65_HS1-834228961_62-HQ-83894_Section_5
Agency: FBI
Page 167
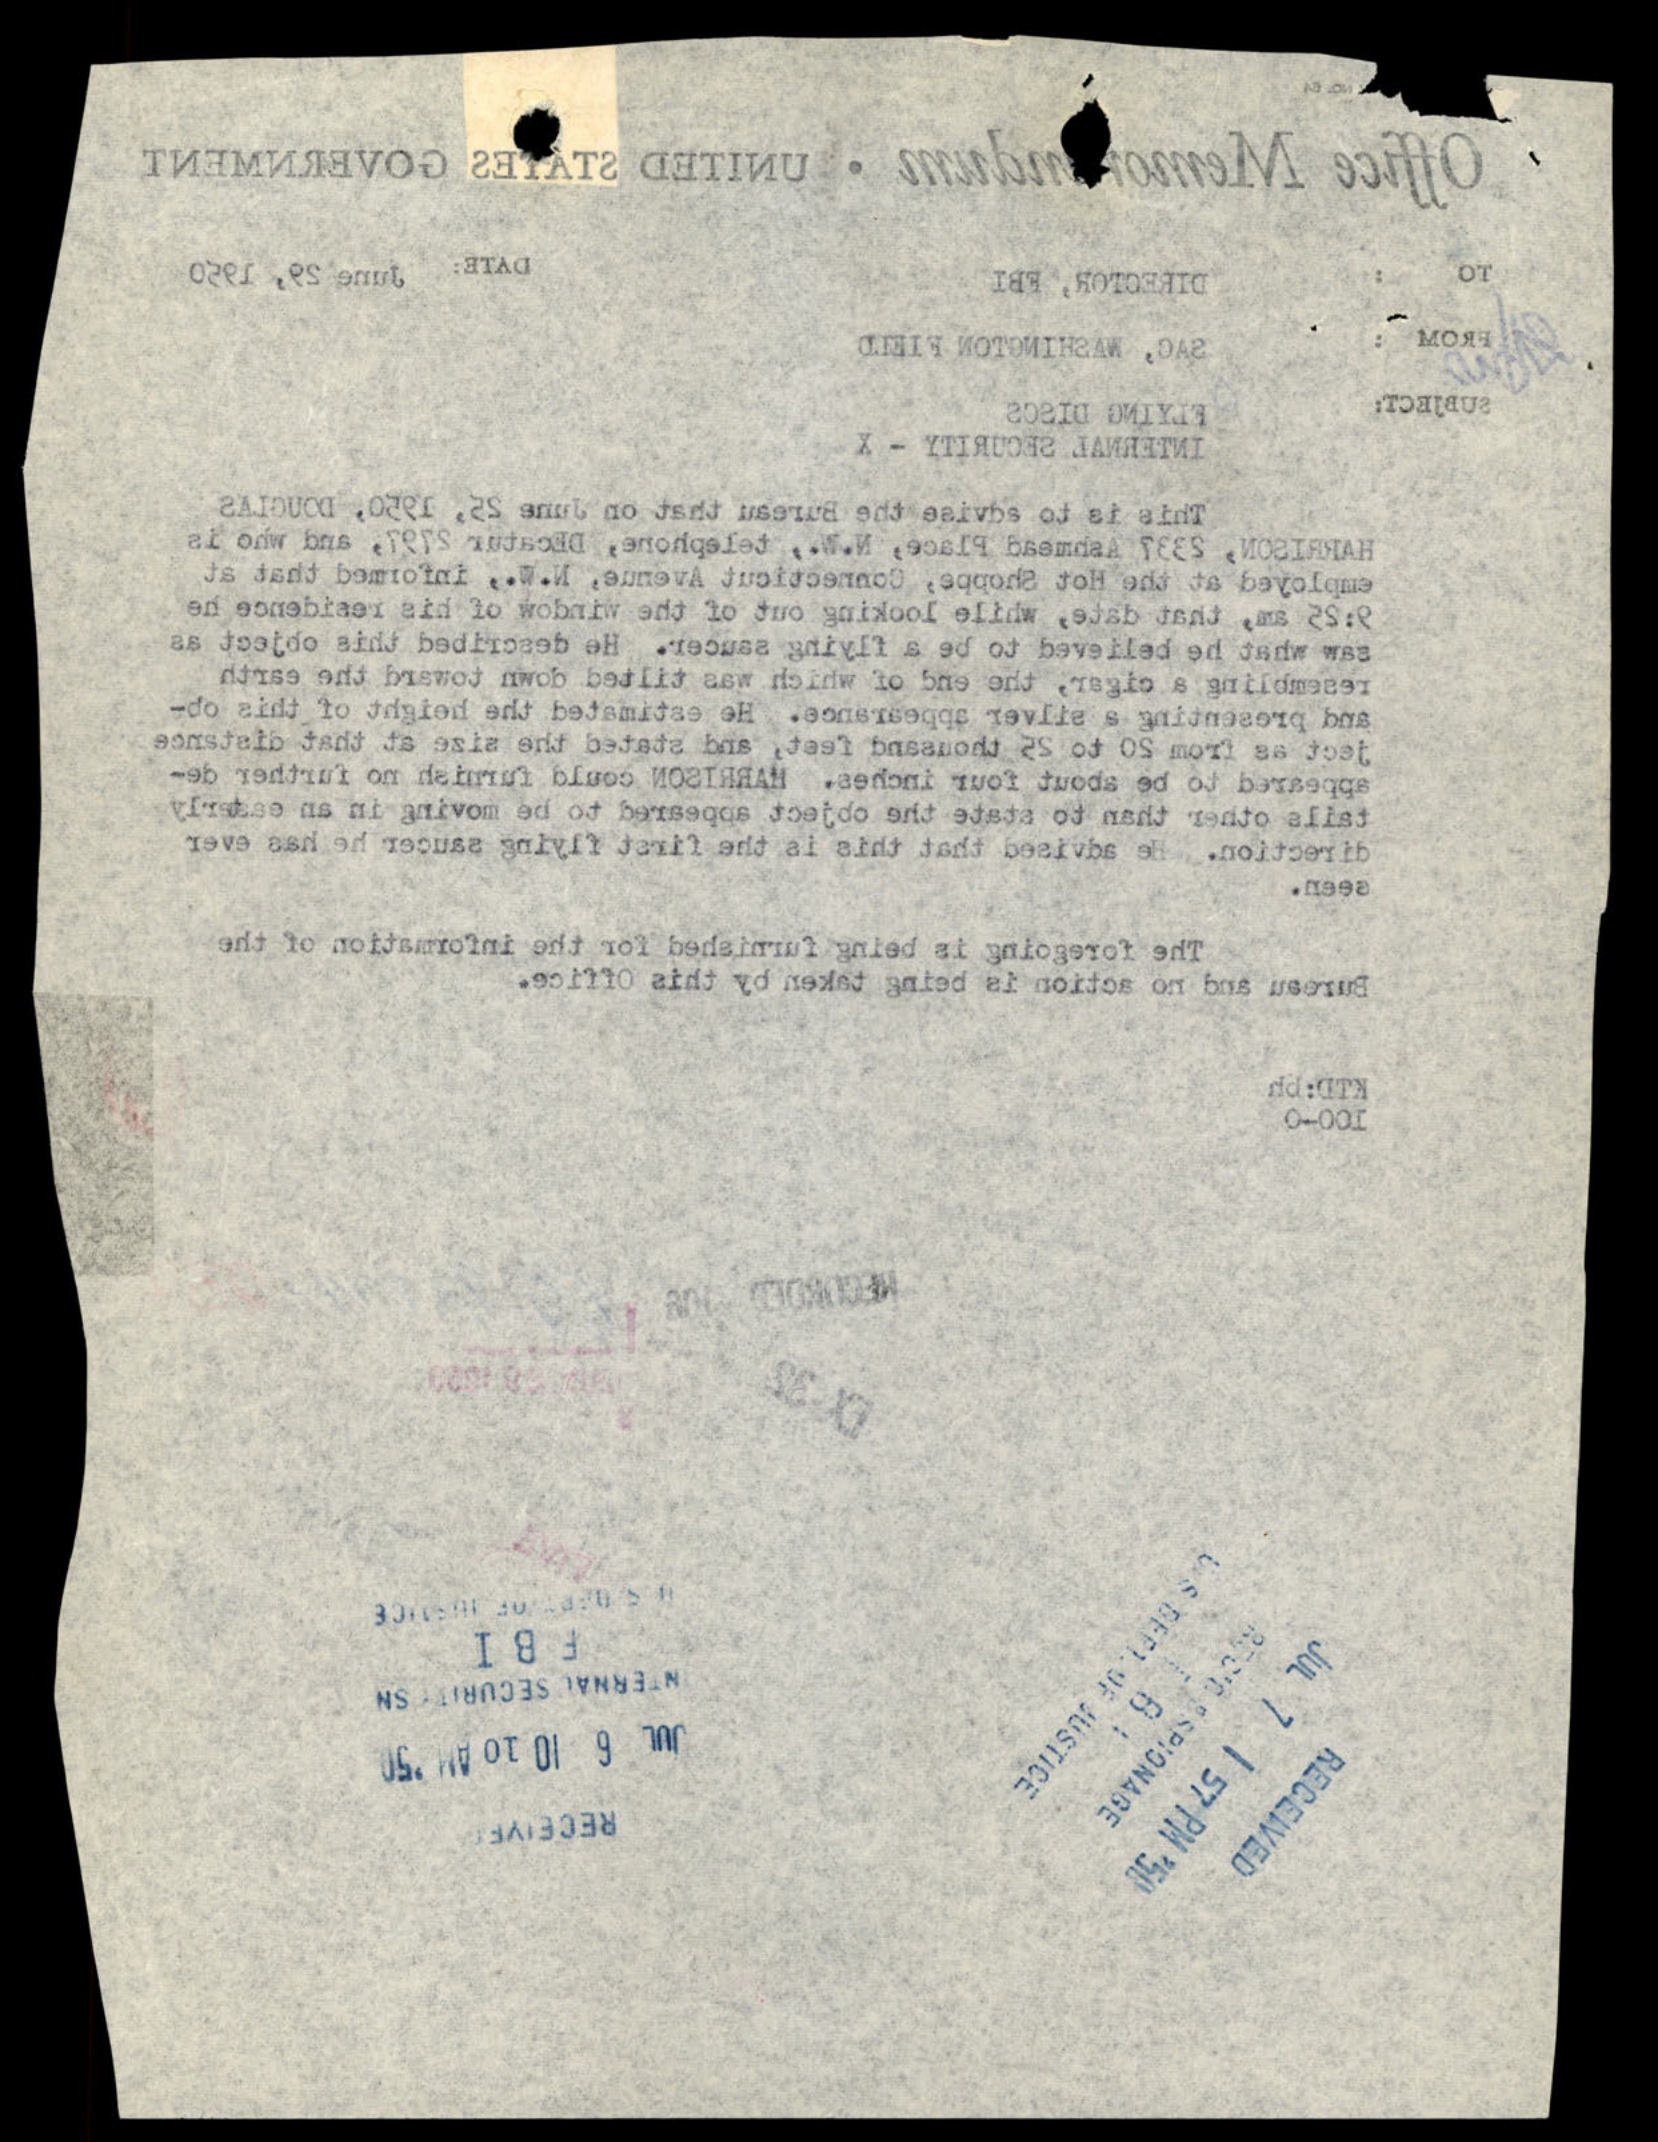